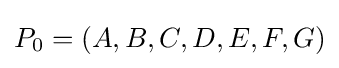
P_{0}=\left(A,B,C,D,E,F,G\right)